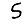
Digit: 5